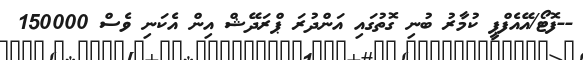
--ފޮޓޯ/އޭއެފްޕީ ކުމާރު ބުނި ގޮތުގައި އަންދުރަ ޕްރަދޭޝް އިން އެކަނި ވެސް 150000